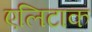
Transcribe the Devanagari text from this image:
एलिटाक